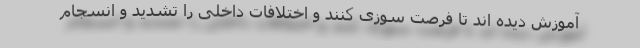
آموزش دیده اند تا فرصت سوزی کنند و اختلافات داخلی را تشدید و انسجام